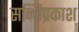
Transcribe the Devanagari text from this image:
सन्धिप्रकाश